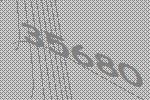
35680